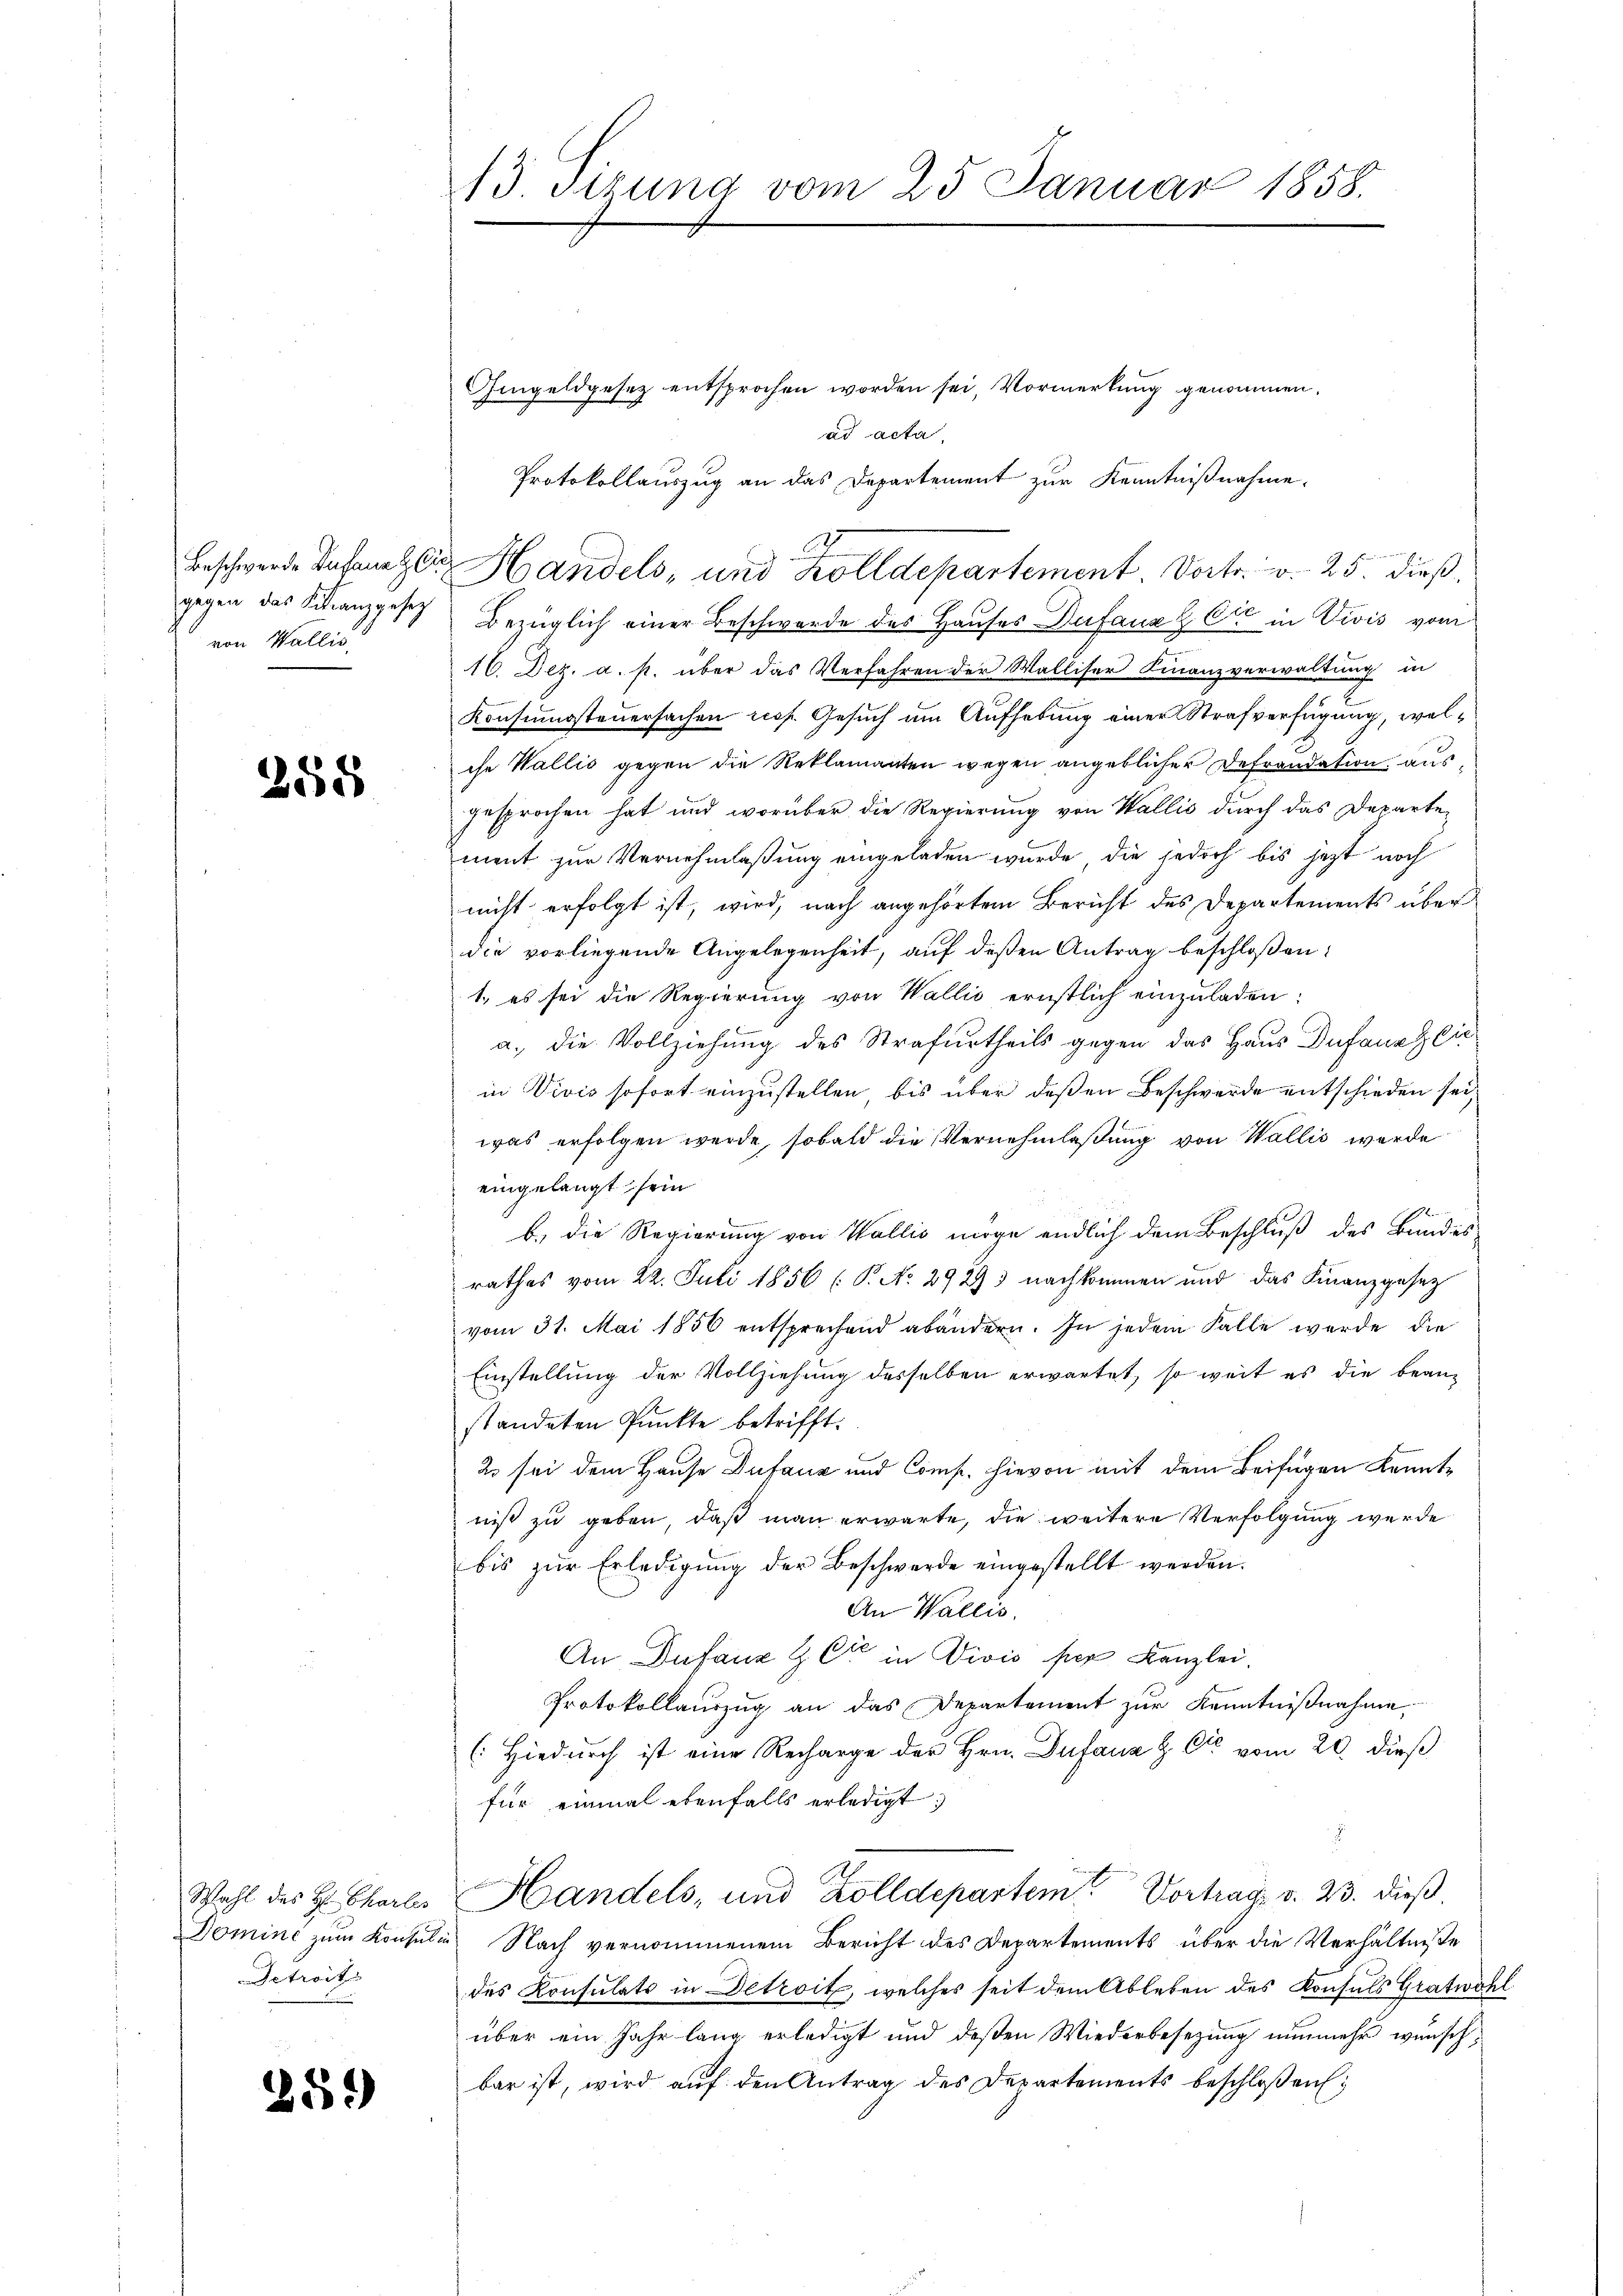
gegen das Schanzgesetz
von Wallis,

258

Wahl des H. Charles
Domine zum Konsul in
Detroit

259)

13. Sizung vom 25. Januar 1858.

Gingeldgesetz entsprochen worden sei, Vormerkung genommen.
ad acta
Bezüglich einer Beschwerde des Hauses Defauzz C in Divis vom
16. Dez. a. p. über das Verfahren der Walliser Finanzverwaltung in
Konsumssteuersachen resp. Gesuch um Aufhebung einer Strafverfügung, welche Wallis gegen die Reklamanten wegen angeblicher Defraudation, ausgesprochen hat und worüber die Regierung von Wallis durch das Departe-
ment zur Vernehmlassung eingeladen wurde, die jedoch bis jetzt noch
nicht erfolgt ist, wird, nach angehörtem Bericht des Departements über
die vorliegende Angelegenheit, auf deßen Antrag beschloßen:
1., es sei die Regierung von Wallis ernstlich einzuladen:
a. die Vollziehung des Strafurtheils gegen das Haus Dufanaglic
in Vivis sofort einzustellen bis über deßen Beschwerde entschieden sei,
was erfolgen werde, sobald die Vernehmlaßung von Wallis werde
eingelangt sein
b. die Regierung von Wallis möge endlich dem Beschluß des Bundes-
rathes vom 22. Juli 1856 (P No 29293 nachkommen und das Finanzgesetz
vom 31. Mai 1856 entsprechend abändern. In jedem Falle werde die
Einstellung der Vollziehung desselben erwartet, so weit es die beanstandeten Punkte betrifft.
2 sei dem Hause Dufauz und Comp. hievon mit dem Beifügen Kenntniß zu geben, daß man erwarte, die weitere Verfolgung werde
bis zur Erledigung der Beschwerde eingestellt werden.
An Wallis.
An Infanz & Cie in Divis per Kanzlei.
Protokollauszug an das Departement zur Kenntnißnahme,
(Hiedurch ist eine Recharge der Hrn. Dufana & Cie vom 20. dieß
für einmal ebenfalls erledigt.
Handels- und Zolldepartem Vortrag v. 23. dieß.
Nach vernommenem Bericht des Departements über die Verhältniße
des Konsulats in Detroit, welches seit dem Ableben des Konsuls Gratwohl
über ein Jahr lang erledigt und deßen Wiederbesezung nunmehr wünschbar ist, wird auf den Antrag des Departements beschloßen:

Protokollauszug an das Departement zur Kenntnißnahme,
Beschwerde Infanter Handels, und Zolldepartement. Vortr. v. 25. dieß.